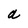
Character: a